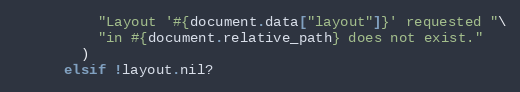
Language: Ruby
          "Layout '#{document.data["layout"]}' requested "\
          "in #{document.relative_path} does not exist."
        )
      elsif !layout.nil?